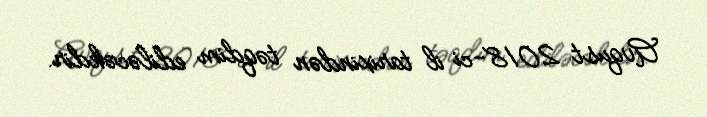
Avqust 2018-ci il tarixindən təqdim ediləcəkdir.